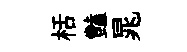
栝豔晁